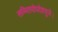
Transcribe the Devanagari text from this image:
सम्मितयोपदेशयुजे।